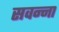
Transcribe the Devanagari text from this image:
सवन्ना